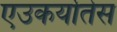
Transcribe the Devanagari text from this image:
एउकर्योतेस